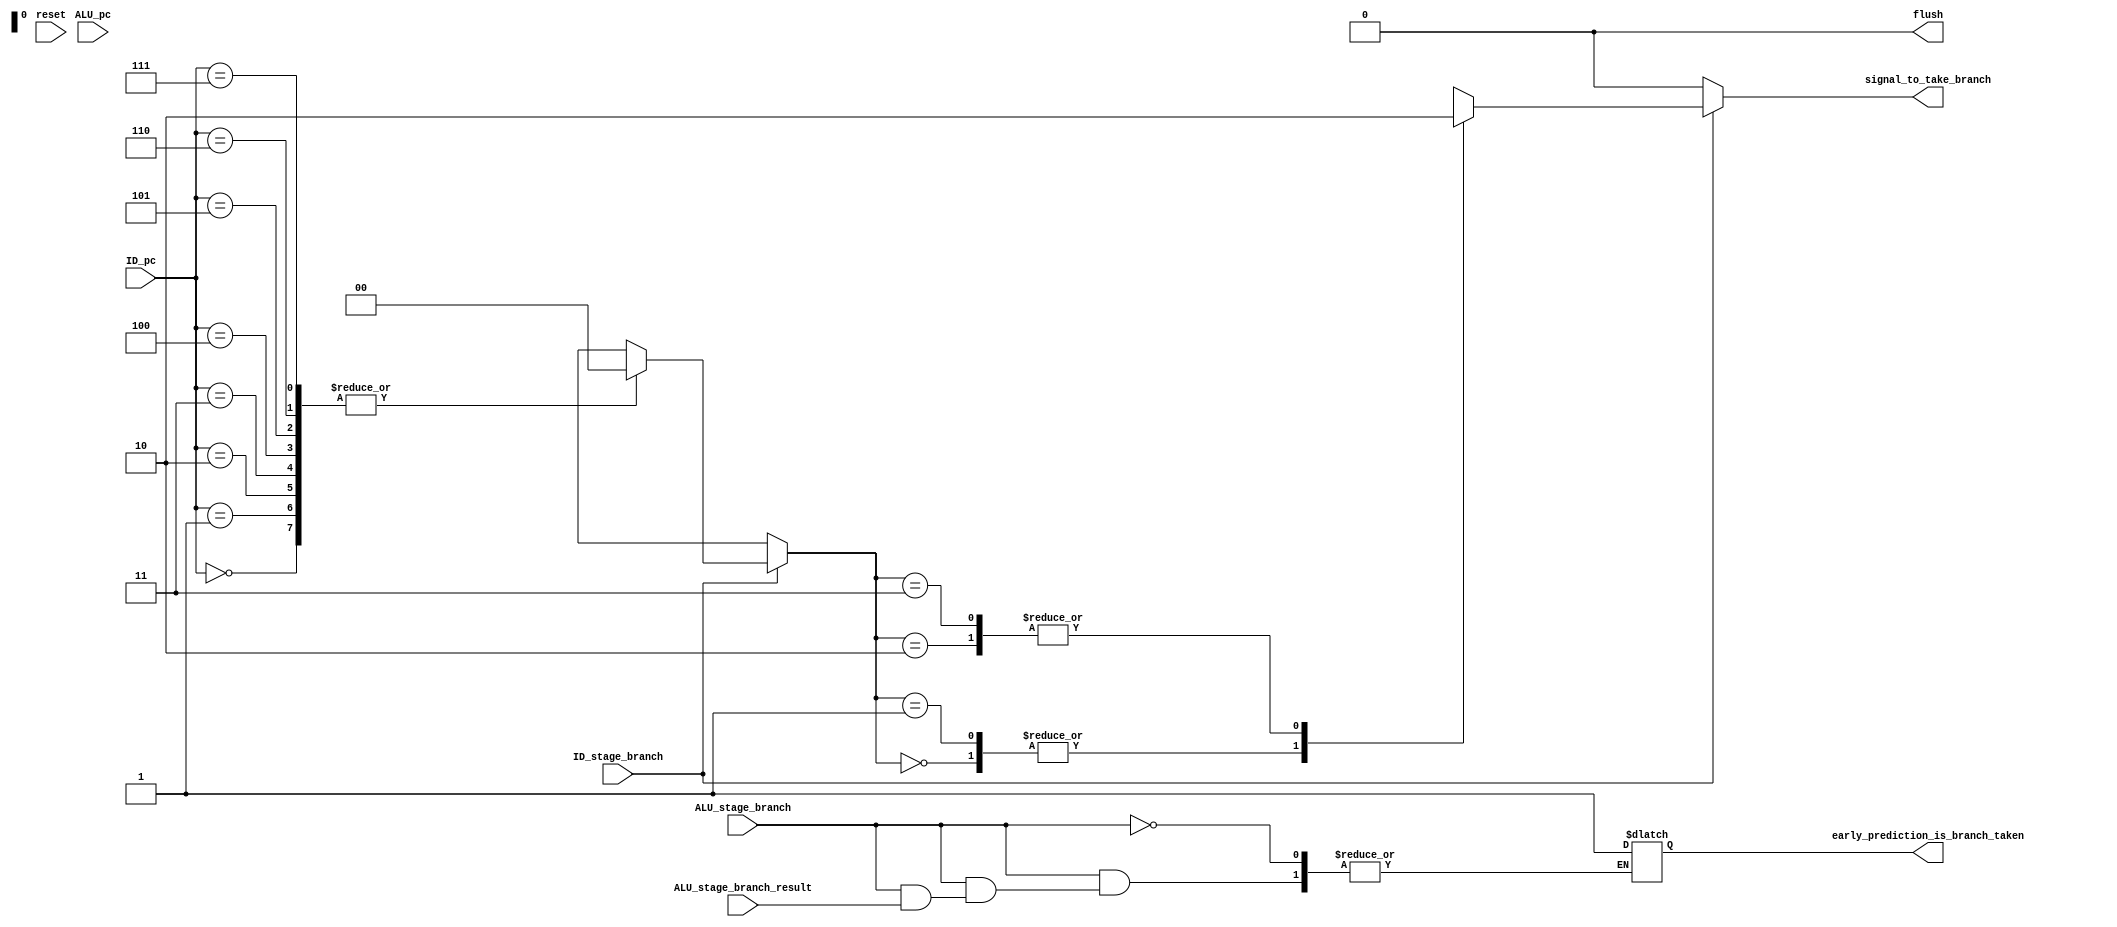
module Branch_hazard_unit (
    input [2:0] ID_pc,
    input [2:0] ALU_pc,
    input reset,
    input ID_stage_branch,
    input ALU_stage_branch,
    input ALU_stage_branch_result,
    output reg flush,
    output reg early_prediction_is_branch_taken,
    output reg signal_to_take_branch
);
reg  [1:0] prediction[0:7];


parameter BRANCH_TAKEN_strong = 2'b00, BRANCH_TAKEN_weak =2'b01, BRANCH_NOTTAKEN_weak =2'b10, BRANCH_NOTTAKEN_strong =2'b11;
integer i;
always @(reset) begin
    flush=1'b0;
    for (i =0 ;i<8 ;i++ ) begin
        prediction[i]=2'b00;
    end
end

always @(*) begin
    if (ALU_stage_branch) 
    begin
        case (prediction[ALU_pc])
            BRANCH_TAKEN_strong:
                if (ALU_stage_branch_result)
                begin
                    prediction[ALU_pc]=2'b00;
                    flush=1'b0;
                end
                else 
                begin
                    prediction[ALU_pc]=2'b01;
                    flush=1'b1;
                    early_prediction_is_branch_taken=1'b1;
                end
            BRANCH_TAKEN_weak:
                if (ALU_stage_branch_result)
                begin
                    prediction[ALU_pc]=2'b00;
                    flush=1'b0;
                end
                else
                begin
                    prediction[ALU_pc]=2'b10;
                    flush=1'b1;
                    early_prediction_is_branch_taken=1'b1;
                end
            BRANCH_NOTTAKEN_weak:
                if (ALU_stage_branch_result)
                begin
                    prediction[ALU_pc]=2'b01;
                    flush=1'b1;
                    early_prediction_is_branch_taken=1'b0;
                end
                else
                begin
                    prediction[ALU_pc]=2'b11;
                    flush=1'b0;
                end
            BRANCH_NOTTAKEN_strong:
                if (ALU_stage_branch_result)
                begin
                    prediction[ALU_pc]=2'b10;
                    flush=1'b1;
                    early_prediction_is_branch_taken=1'b0;
                end
                else 
                begin
                    prediction[ALU_pc]=2'b11;
                    flush=1'b0;
                end
        endcase   
    end
    else begin
        flush = 1'b0;
    end

    
end

//prediction
always @(*) begin
    if (ID_stage_branch) begin
        case (prediction[ID_pc])
            BRANCH_TAKEN_strong:
                signal_to_take_branch=1'b1;
            BRANCH_TAKEN_weak:
                signal_to_take_branch=1'b1;
            BRANCH_NOTTAKEN_weak:
                signal_to_take_branch=1'b0;
            BRANCH_NOTTAKEN_strong:
                signal_to_take_branch=1'b0;
        endcase   
    end
    else begin
        signal_to_take_branch=1'b0;
    end
end
    
endmodule